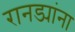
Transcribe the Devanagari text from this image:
रानड्यांना